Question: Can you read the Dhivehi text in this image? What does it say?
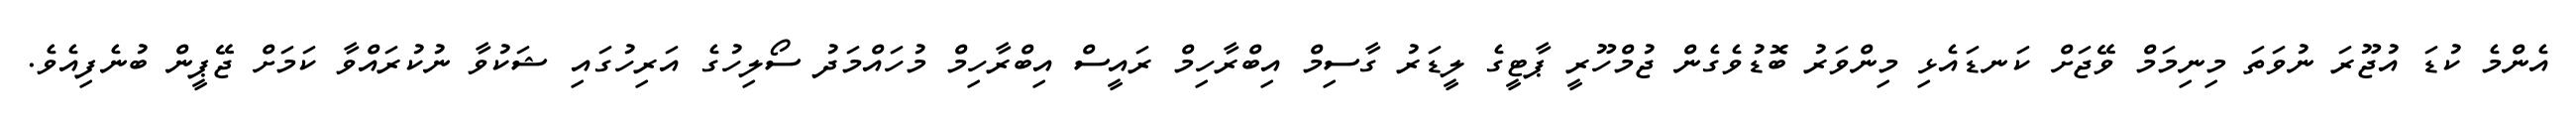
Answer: އެންމެ ކުޑަ އުޖޫރަ ނުވަތަ މިނިމަމް ވޭޖަށް ކަނޑައެޅި މިންވަރު ބޮޑުވެގެން ޖުމްހޫރީ ޕާޓީގެ ލީޑަރު ގާސިމް އިބްރާހިމް ރައީސް އިބްރާހިމް މުހައްމަދު ސޯލިހުގެ އަރިހުގައި ޝަކުވާ ނުކުރައްވާ ކަމަށް ޖޭޕީން ބުނެފިއެވެ.